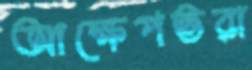
আক্ষেপভরা